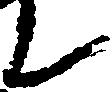
て